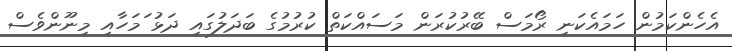
އެހެންކަމުން ހަމައެކަނި ރޯމަސް ބޭރުކުރަން މަސައްކަތް ކުރުމުގެ ބަދަލުގައި ދަޅު ަމަހާއި މިނޫންވެސް